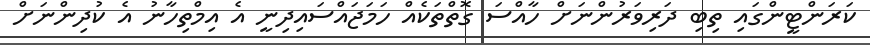
ކަރަންޓީންގައި ތިބި ދަރިވަރުންނަށް ހާއްސަ ގޮތްތަކެއް ހަމަޖައްސައިދިނީ އެ އިމްތިހާނު އެ ކުދިންނަށް